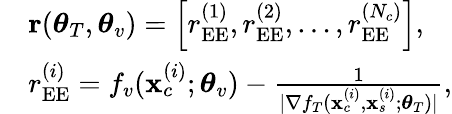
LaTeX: \begin{array}{rl}&{{\mathbf r}(\boldsymbol{\theta}_{T},\boldsymbol{\theta}_{v})=\left[r_{\mathrm{EE}}^{(1)},r_{\mathrm{EE}}^{(2)},\dots,r_{\mathrm{EE}}^{(N_{c})}\right],}\\ &{r_{\mathrm{EE}}^{(i)}=f_{v}(\mathbf{x}_{c}^{(i)};\boldsymbol{\theta}_{v})-\frac{1}{|\nabla f_{T}(\mathbf{x}_{c}^{(i)},\mathbf{x}_{s}^{(i)};\boldsymbol{\theta}_{T})|},}\end{array}